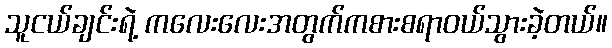
သူငယ်ချင်းရဲ့ ကလေးလေးအတွက်ကစားစရာဝယ်သွားခဲ့တယ်။